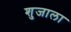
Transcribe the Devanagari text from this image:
शुजाला